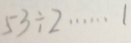
5 3 \div 2 \cdots 1